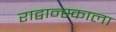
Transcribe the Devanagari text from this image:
राद्वान्स्काला